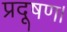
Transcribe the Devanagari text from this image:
प्रदूषण।